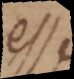
esse